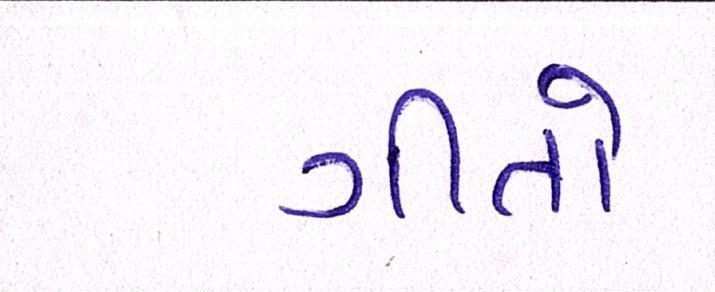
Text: ગીતો